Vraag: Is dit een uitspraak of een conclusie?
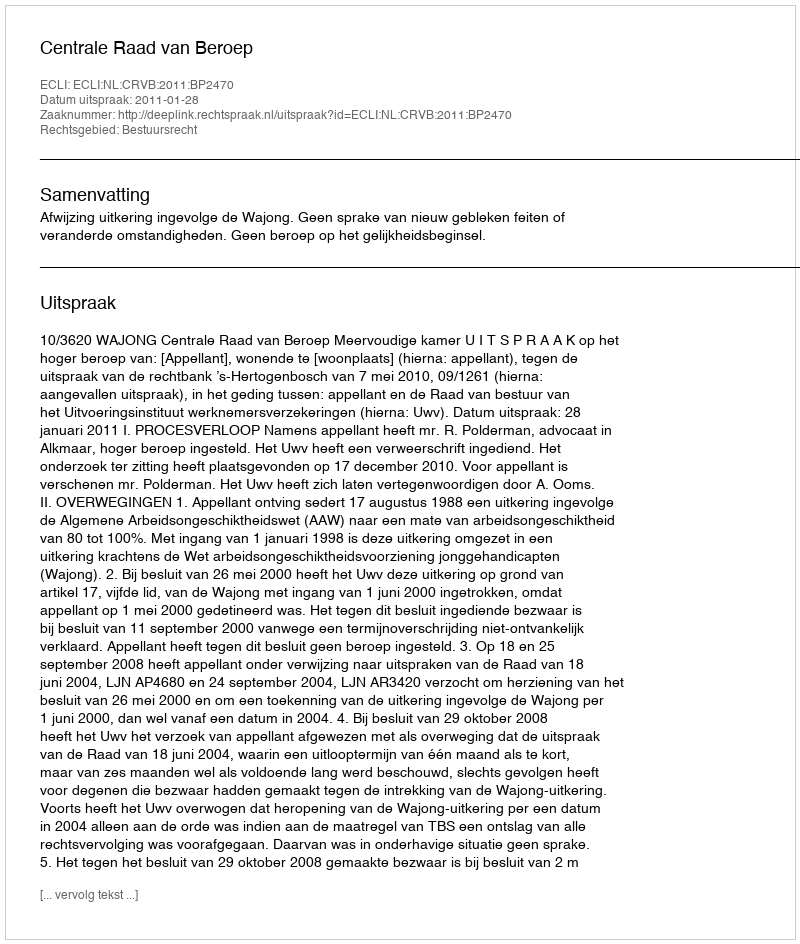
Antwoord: Uitspraak